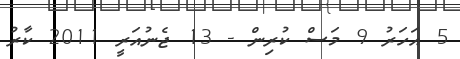
5 އަހަރު 9 މަސް ކުރިން - 13 ޖެނުއަރީ 2011 ކާރު